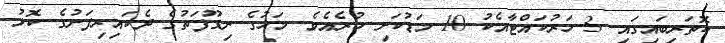
ކޮތަރިބައިގައި 3 ހަރުކައްޓާއެކު 10 މަޑުކަށި ހުރެއެވެ. މަހުގެ ނިގޫފަތުގެ ދެކައިރިފަށުގެ ކޮޅު